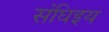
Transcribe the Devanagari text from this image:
संघिइय